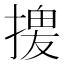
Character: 𢱻